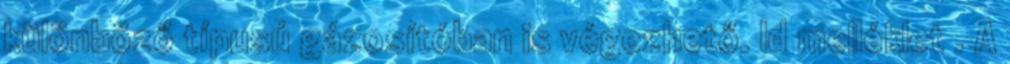
különböző típusú gázosítóban is végezhető. ld melléklet . A